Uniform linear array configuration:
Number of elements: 24
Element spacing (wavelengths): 0.5
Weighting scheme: exponential
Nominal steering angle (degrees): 45
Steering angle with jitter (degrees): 45.526
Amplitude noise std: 0.05
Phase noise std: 0.05

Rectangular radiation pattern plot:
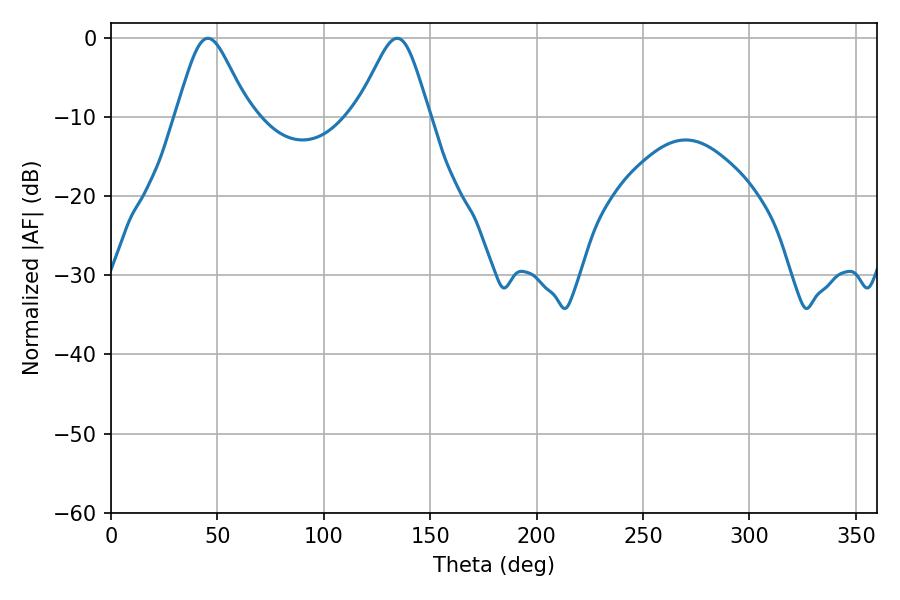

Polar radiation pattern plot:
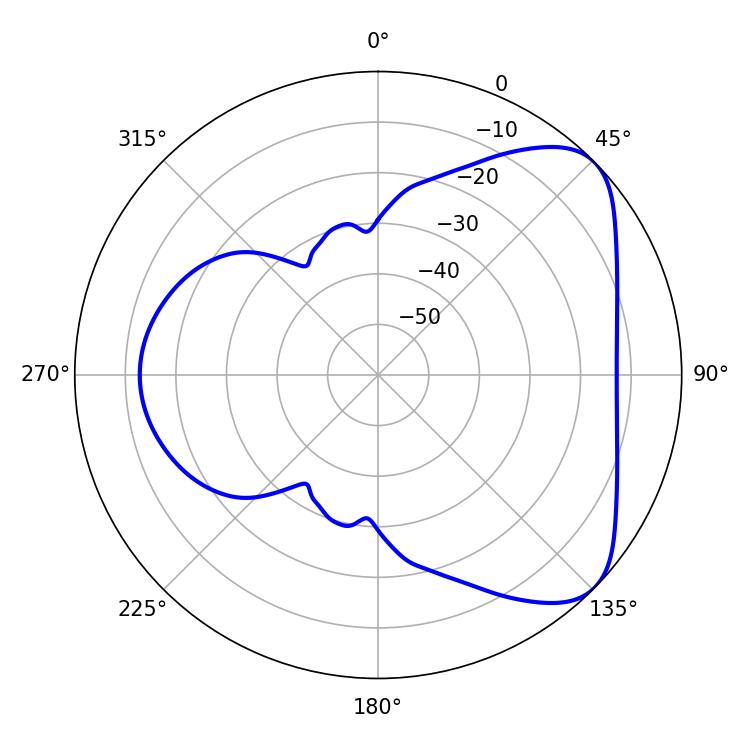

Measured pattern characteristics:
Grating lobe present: FALSE
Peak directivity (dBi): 5.964
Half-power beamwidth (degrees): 16.74
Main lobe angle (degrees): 45.54